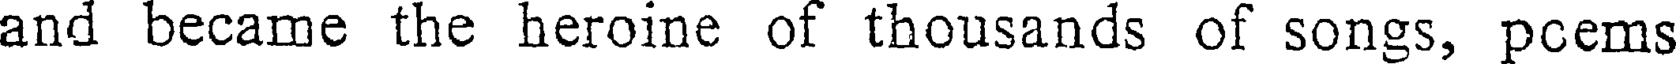
and became the heroine of thousands of songs, pcems